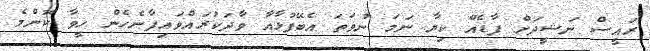
ރައީސް ނަޝީދަށް ފާޑެއް ކިޔާ ނަމަ ނުވަތަ އެބޭފުޅާއާ ވާދަކުރައްވައިފާނެހެން ހީވާ ކޮންމެ